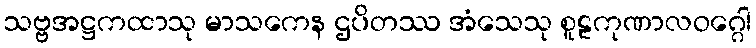
သဗ္ဗအဋ္ဌကထာသု မာသကေန ဌပိတဿ အံသေသု စူဠကုဏာလဝဂ္ဂေါ